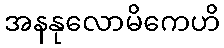
အနနုလောမိကေဟိ